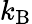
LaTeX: k_{\textrm{B}}